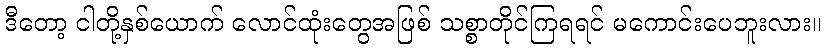
ဒီတော့ ငါတို့နှစ်ယောက် လောင်ထုံးတွေအဖြစ် သစ္စာတိုင်ကြရရင် မကောင်းပေဘူးလား။